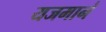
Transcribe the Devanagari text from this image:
यजमानं